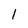
Character: 1